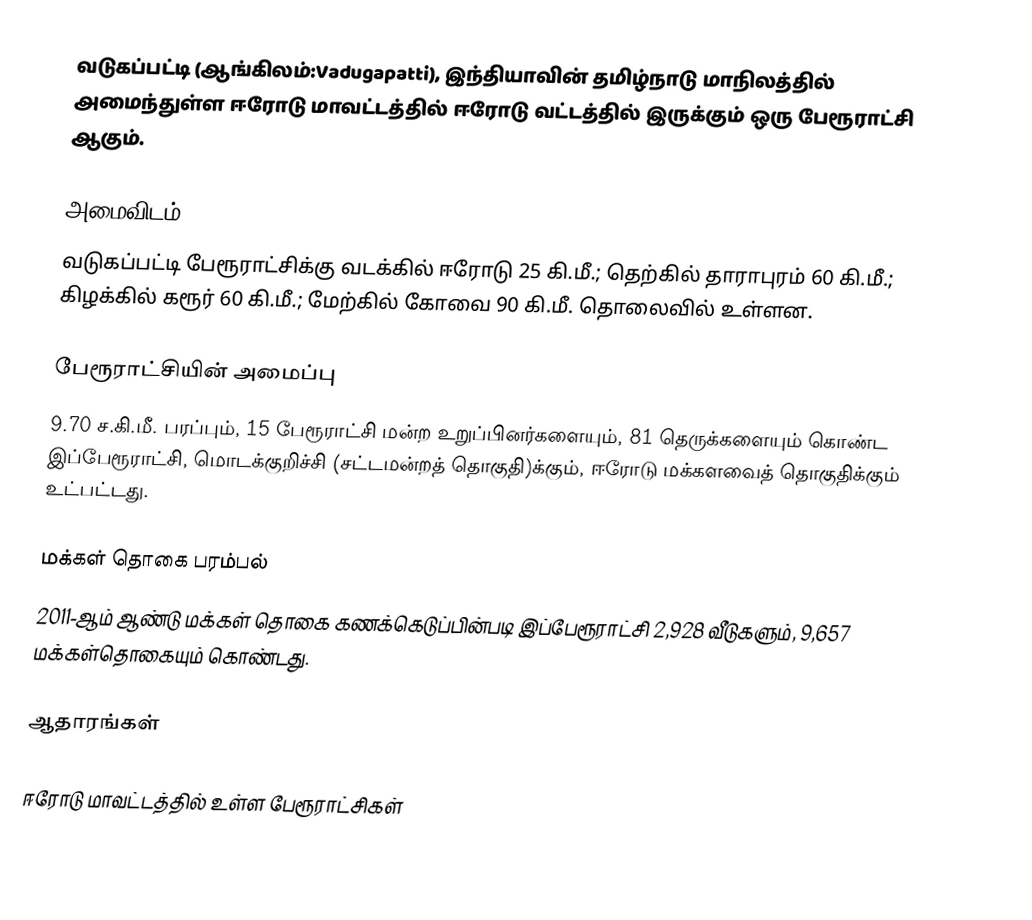
வடுகப்பட்டி (ஆங்கிலம்:Vadugapatti), இந்தியாவின் தமிழ்நாடு மாநிலத்தில் அமைந்துள்ள ஈரோடு மாவட்டத்தில் ஈரோடு வட்டத்தில் இருக்கும் ஒரு பேரூராட்சி ஆகும்.

அமைவிடம்
வடுகப்பட்டி பேரூராட்சிக்கு வடக்கில் ஈரோடு 25 கி.மீ.; தெற்கில் தாராபுரம் 60 கி.மீ.; கிழக்கில் கரூர் 60 கி.மீ.; மேற்கில் கோவை 90 கி.மீ. தொலைவில் உள்ளன.

பேரூராட்சியின் அமைப்பு
9.70 ச.கி.மீ. பரப்பும், 15 பேரூராட்சி மன்ற உறுப்பினர்களையும், 81 தெருக்களையும் கொண்ட இப்பேரூராட்சி, மொடக்குறிச்சி   (சட்டமன்றத் தொகுதி)க்கும், ஈரோடு மக்களவைத் தொகுதிக்கும் உட்பட்டது.

மக்கள் தொகை பரம்பல்
2011-ஆம் ஆண்டு மக்கள் தொகை கணக்கெடுப்பின்படி  இப்பேரூராட்சி    2,928   வீடுகளும்,  9,657 மக்கள்தொகையும் கொண்டது.

ஆதாரங்கள்

ஈரோடு மாவட்டத்தில் உள்ள பேரூராட்சிகள்